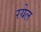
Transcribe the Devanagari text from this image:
रयेल